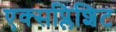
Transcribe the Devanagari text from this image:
एक्सप्लिशिट